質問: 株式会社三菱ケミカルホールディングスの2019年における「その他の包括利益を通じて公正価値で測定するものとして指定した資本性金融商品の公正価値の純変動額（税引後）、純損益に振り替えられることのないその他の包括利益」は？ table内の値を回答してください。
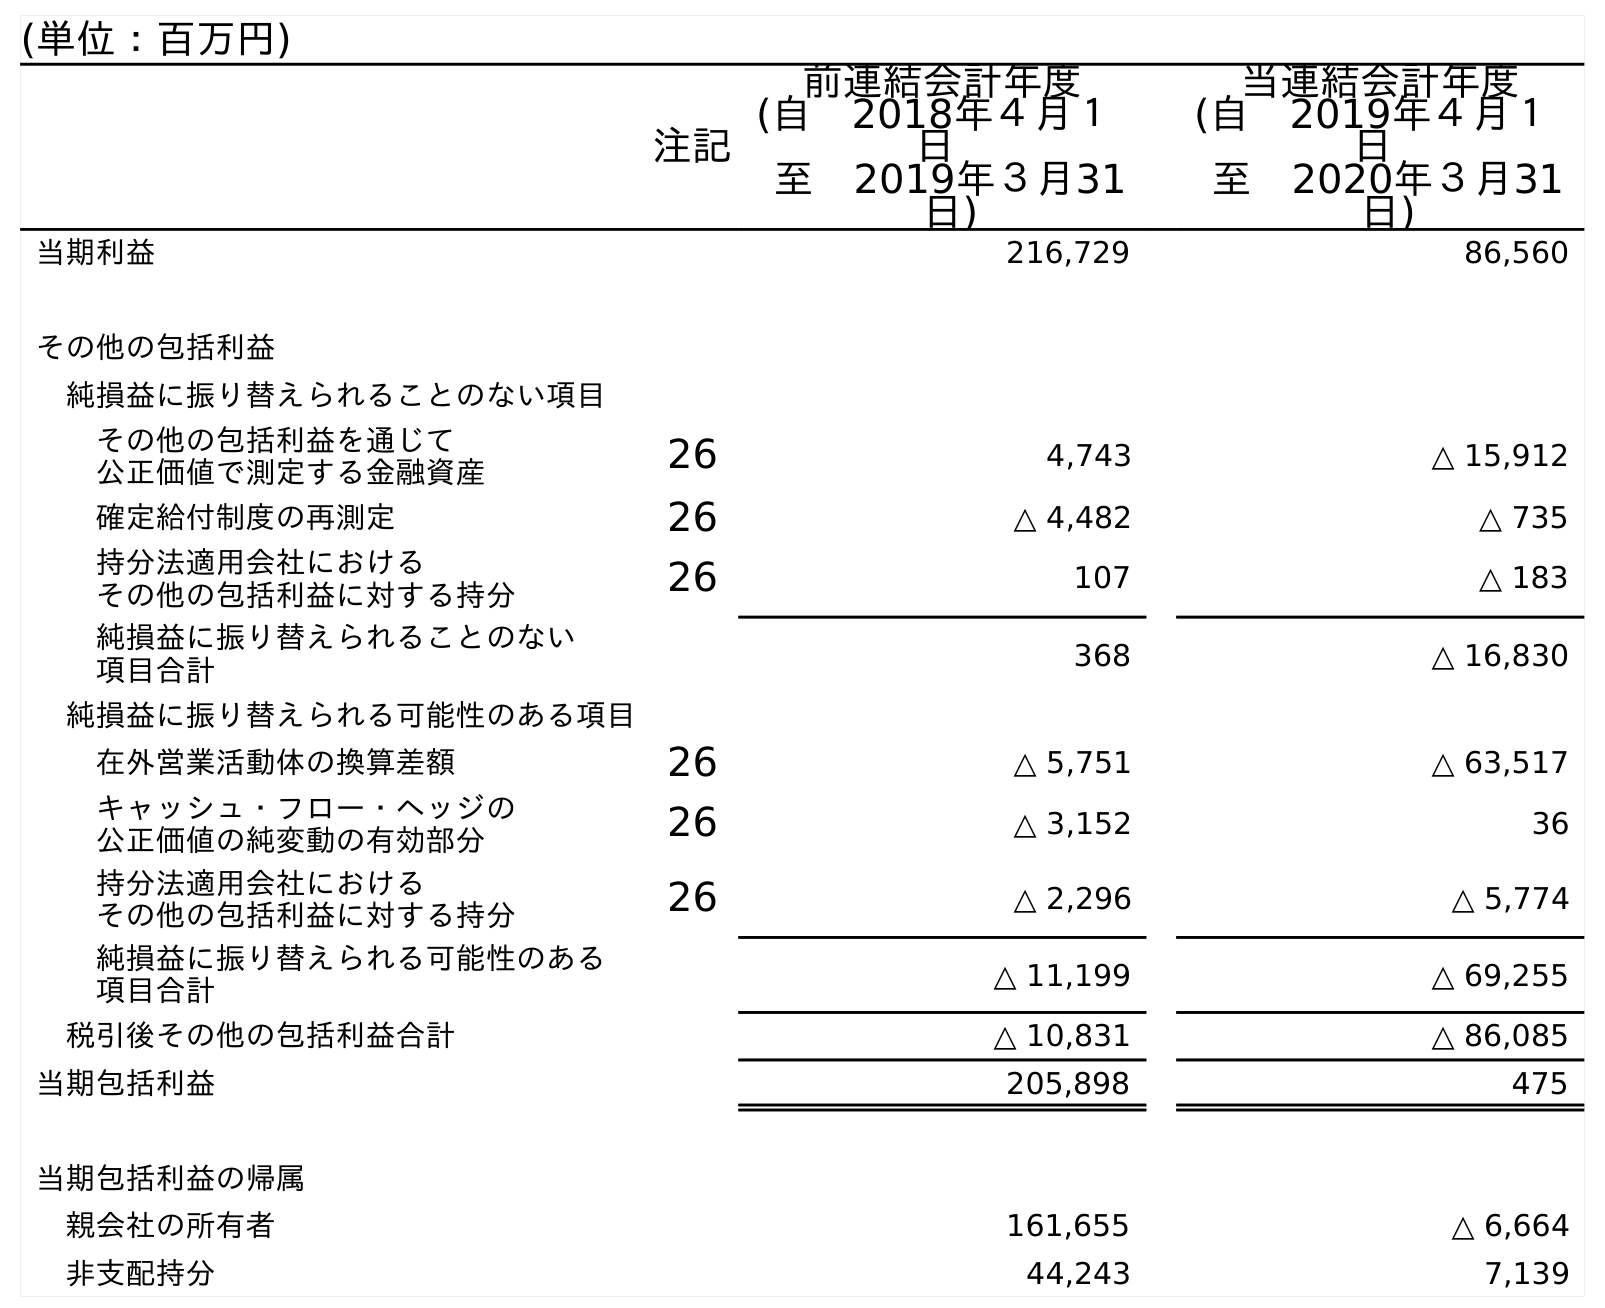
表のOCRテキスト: (単位：百万円) 注記 前連結会計年度 (自 2018年４月１ 日 至 2019年３月31 日) 当連結会計年度 (自 2019年４月１ 日 至 2020年３月31 日) 当期利益 216,729 86,560 その他の包括利益 純損益に振り替えられることのない項目 その他の包括利益を通じて 公正価値で測定する金融資産 26 4,743 △ 15,912 確定給付制度の再測定 26 △ 4,482 △ 735 持分法適用会社における その他の包括利益に対する持分 26 107 △ 183 純損益に振り替えられることのない 項目合計 368 △ 16,830 純損益に振り替えられる可能性のある項目 在外営業活動体の換算差額 26 △ 5,751 △ 63,517 キャッシュ・フロー・ヘッジの 公正価値の純変動の有効部分 26 △ 3,152 36 持分法適用会社における その他の包括利益に対する持分 26 △ 2,296 △ 5,774 純損益に振り替えられる可能性のある 項目合計 △ 11,199 △ 69,255 税引後その他の包括利益合計 △ 10,831 △ 86,085 当期包括利益 205,898 475 当期包括利益の帰属 親会社の所有者 161,655 △ 6,664 非支配持分 44,243 7,139
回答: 4,743